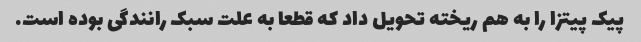
پیک پیتزا را به هم ریخته تحویل داد که قطعا به علت سبک رانندگی بوده است.